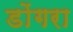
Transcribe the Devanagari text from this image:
डोंगरा